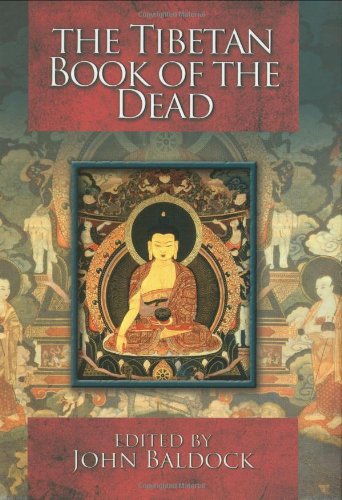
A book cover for The Tibetan Book of the Dead; John Baldock; Religion & Spirituality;